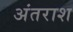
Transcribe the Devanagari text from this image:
अंतराश